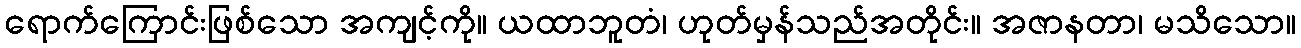
ရောက်ကြောင်းဖြစ်သော အကျင့်ကို။ ယထာဘူတံ၊ ဟုတ်မှန်သည်အတိုင်း။ အဇာနတာ၊ မသိသော။